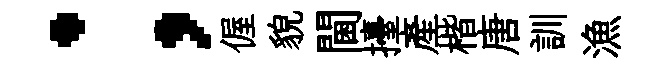
；偓貌閫擡產楷唐訓漁